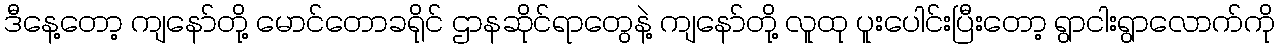
ဒီနေ့တော့ ကျနော်တို့ မောင်တောခရိုင် ဌာနဆိုင်ရာတွေနဲ့ ကျနော်တို့ လူထု ပူးပေါင်းပြီးတော့ ရွာငါးရွာလောက်ကို